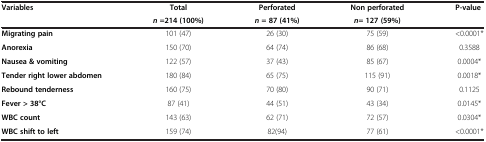
| <ROWSPAN=2> Variables | Total | Perforated | Non perforated | <ROWSPAN=2> P-value |
 | n=214 (100%) | n= 87 (41%) | n= 127 (59%) |
 | --- | --- | --- | --- | --- |
 | Migrating pain | 101 (47) | 26 (30) | 75 (59) | <0.0001* |
 | Anorexia | 150 (70) | 64 (74) | 86 (68) | 0.3588 |
 | Nausea & vomiting | 122 (57) | 37 (43) | 85 (67) | 0.0004* |
 | Tender right lower abdomen | 180 (84) | 65 (75) | 115 (91) | 0.0018* |
 | Rebound tenderness | 160 (75) | 70 (80) | 90 (71) | 0.1125 |
 | Fever > 38°C | 87 (41) | 44 (51) | 43 (34) | 0.0145* |
 | WBC count | 143 (63) | 62 (71) | 72 (57) | 0.0304* |
 | WBC shift to left | 159 (74) | 82(94) | 77 (61) | <0.0001* |